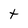
Character: t